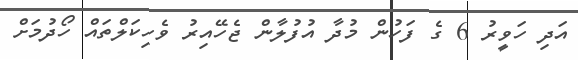
އަދި ހަވީރު 6 ގެ ފަހުން މުދާ އުފުލާން ޖެހޭއިރު ވެހިކަލްތައް ހޯދުމަށް